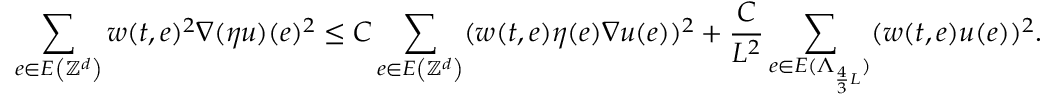
\sum _ { e \in E \left( \ensuremath { \mathbb { Z } ^ { d } } \right) } w ( t , e ) ^ { 2 } \nabla ( \eta u ) ( e ) ^ { 2 } \leq C \sum _ { e \in E \left( \ensuremath { \mathbb { Z } ^ { d } } \right) } ( w ( t , e ) \eta ( e ) \nabla u ( e ) ) ^ { 2 } + \frac { C } { L ^ { 2 } } \sum _ { e \in E ( \Lambda _ { \frac { 4 } { 3 } L } ) } ( w ( t , e ) u ( e ) ) ^ { 2 } .